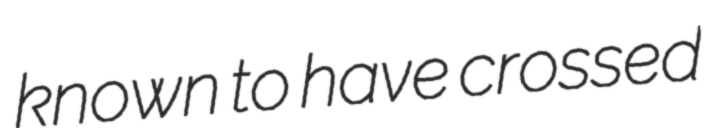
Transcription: known to have crossed